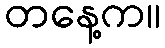
တနေ့က။